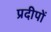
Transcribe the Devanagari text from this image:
प्रदीपों